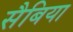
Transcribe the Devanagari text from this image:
सैबिया